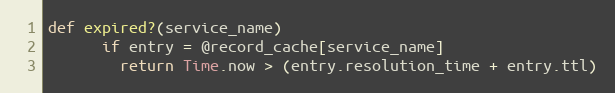
Language: Ruby
def expired?(service_name)
      if entry = @record_cache[service_name]
        return Time.now > (entry.resolution_time + entry.ttl)